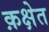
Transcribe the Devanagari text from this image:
क़क्षेत